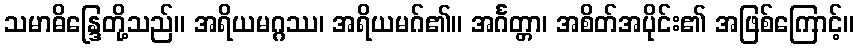
သမာဓိန္ဒြေတို့သည်။ အရိယမဂ္ဂဿ၊ အရိယမဂ်၏။ အင်္ဂတ္တာ၊ အစိတ်အပိုင်း၏ အဖြစ်ကြောင့်။